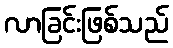
လာခြင်းဖြစ်သည်